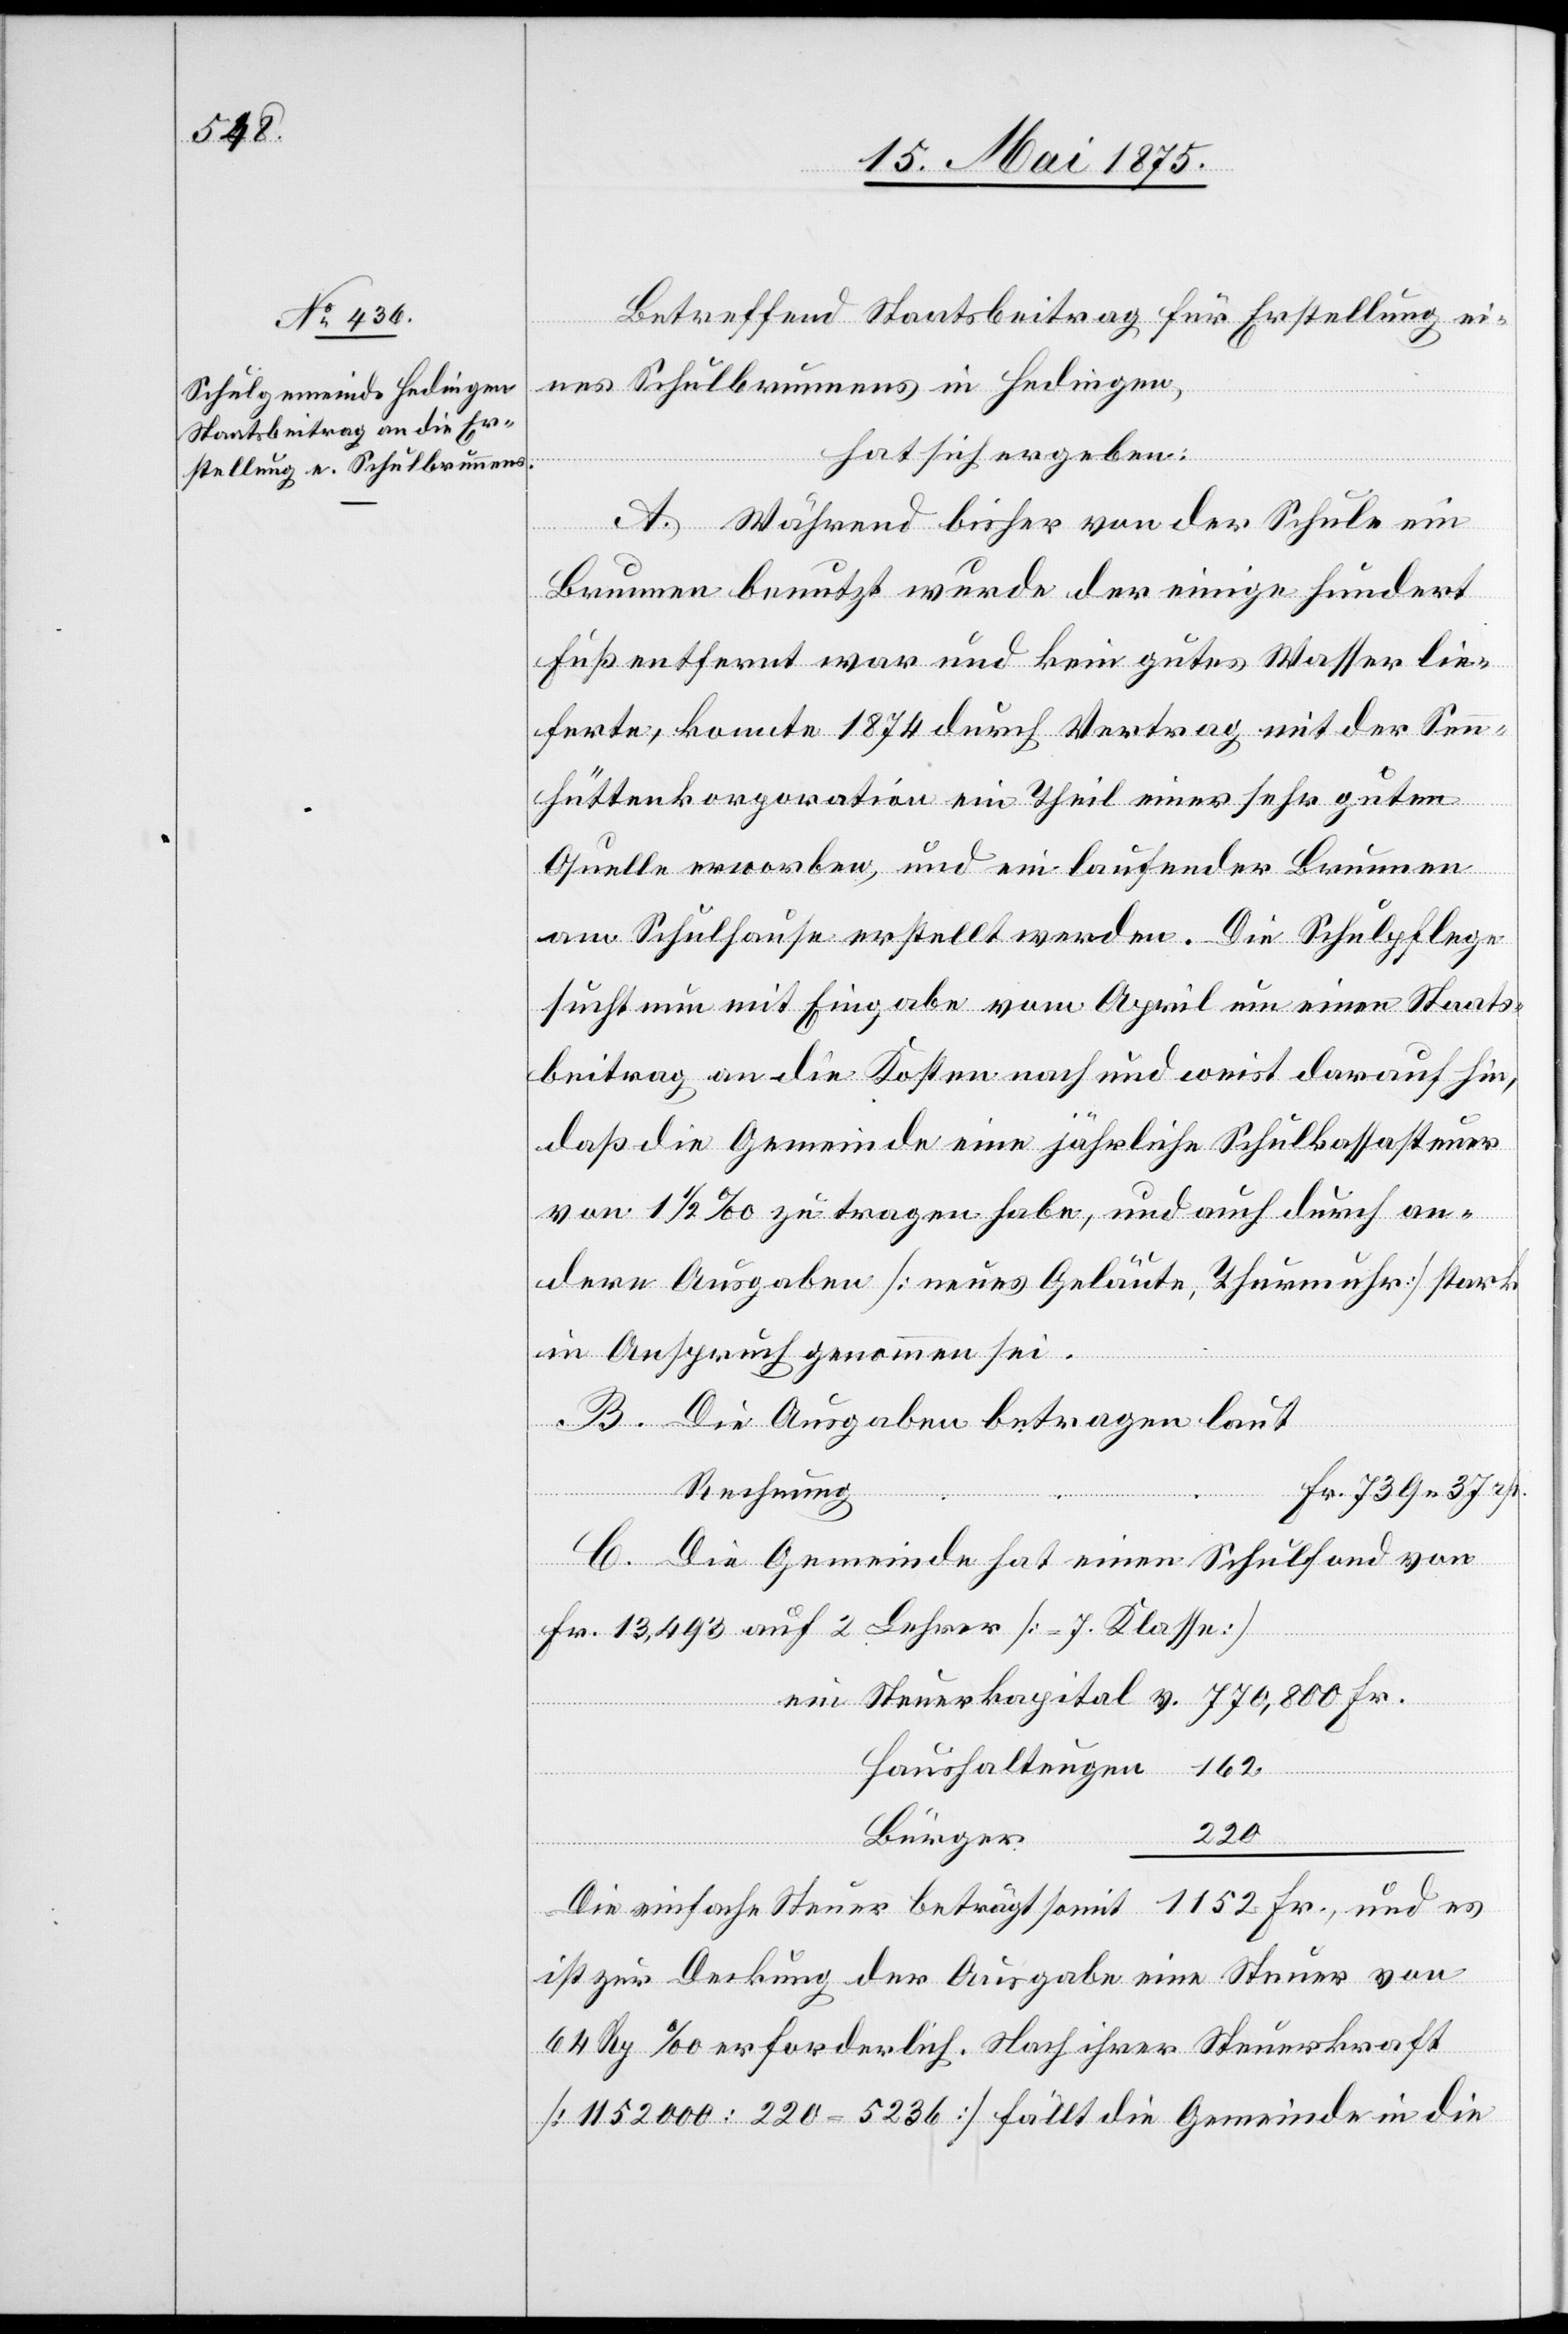
Betreffend Staatsbeitrag für Erstellung ei¬
nes Schulbrunnens in Hedingen,
hat sich ergeben:
A. Während bisher von der Schule ein
Brunnen benutzt wurde der einige hundert
Fuß entfernt war und kein gutes Wasser lie¬
ferte, konnte 1874 durch Vertrag mit der Senn¬
hüttenkorporation ein Theil einer sehr guten
Quelle erworben, und ein laufender Brunnen
am Schulhause erstellt werden. Die Schulpflege
sucht nun mit Eingabe vom April um einen Staats¬
beitrag an die Kosten nach und weist darauf hin,
daß die Gemeinde eine jährliche Schulkassasteuer
von 1 1/2 ‰ zu tragen habe, und auch durch an¬
dere Ausgaben [neues Geläute, Thurmuhr] stark
in Anspruch genommen sei.
B. Die Ausgaben betragen laut
Rechnung
Fr. 739 37 Rp.
C. Die Gemeinde hat einen Schulfond von
Fr. 13,493 auf 2 Lehrer [= 7. Klasse]
Haushaltungen
Fr.
Bürger
Die einfache Steuer beträgt somit 1152 Fr. und es
ist zur Deckung der Ausgabe eine Steuer von
64 Rp. [per] ‰ erforderlich. nach ihrer Steuerkraft
[1152000 : 220 = 5236] fällt die Gemeinde in die